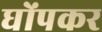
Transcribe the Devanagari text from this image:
घोंपकर